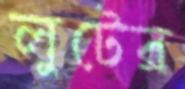
লুটের